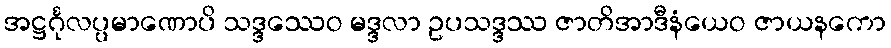
အဋ္ဌင်္ဂုလပ္ပမာဏောပိ သဒ္ဒဿေဝ မဒ္ဒလာ ဥပသဒ္ဒဿ ဇာတိအာဒီနံယေဝ ဇာယနကော